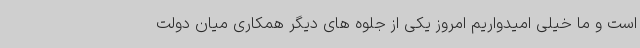
است و ما خیلی امیدواریم امروز یکی از جلوه های دیگر همکاری میان دولت